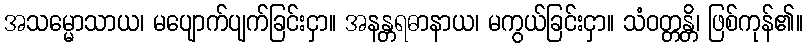
အသမ္မောသာယ၊ မပျောက်ပျက်ခြင်းငှာ။ အနန္တရဓာနာယ၊ မကွယ်ခြင်းငှာ။ သံဝတ္တန္တိ၊ ဖြစ်ကုန်၏။